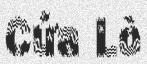
Cửa Lò